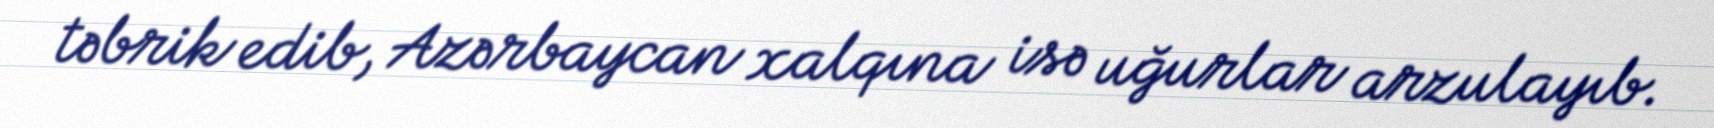
təbrik edib, Azərbaycan xalqına isə uğurlar arzulayıb.